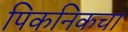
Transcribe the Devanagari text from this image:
पिकनिकचा